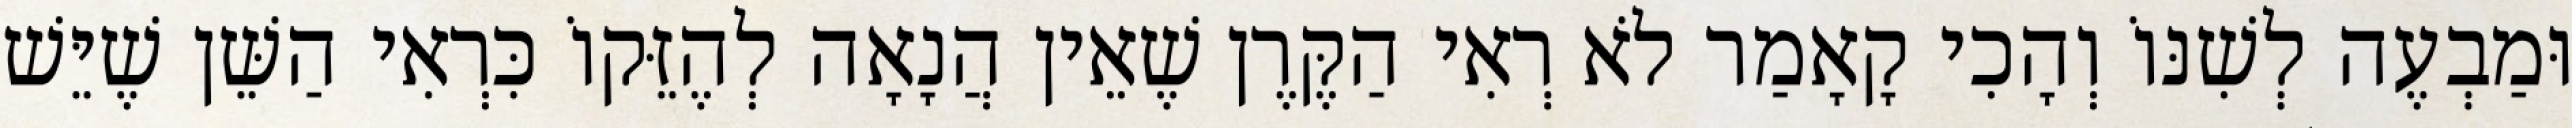
וּמַבְעֶה לְשִׁנּוֹ וְהָכִי קָאָמַר לֹא רְאִי הַקֶּרֶן שֶׁאֵין הֲנָאָה לְהֶזֵּקוֹ כִּרְאִי הַשֵּׁן שֶׁיֵּשׁ